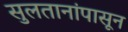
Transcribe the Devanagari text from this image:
सुलतानांपासून